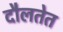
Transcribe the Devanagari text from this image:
दौलतेत